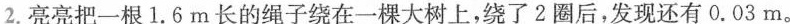
2.亮亮把一根1.6m长的绳子绕在一棵大树上，绕了2圈后，发现还有0.03m。